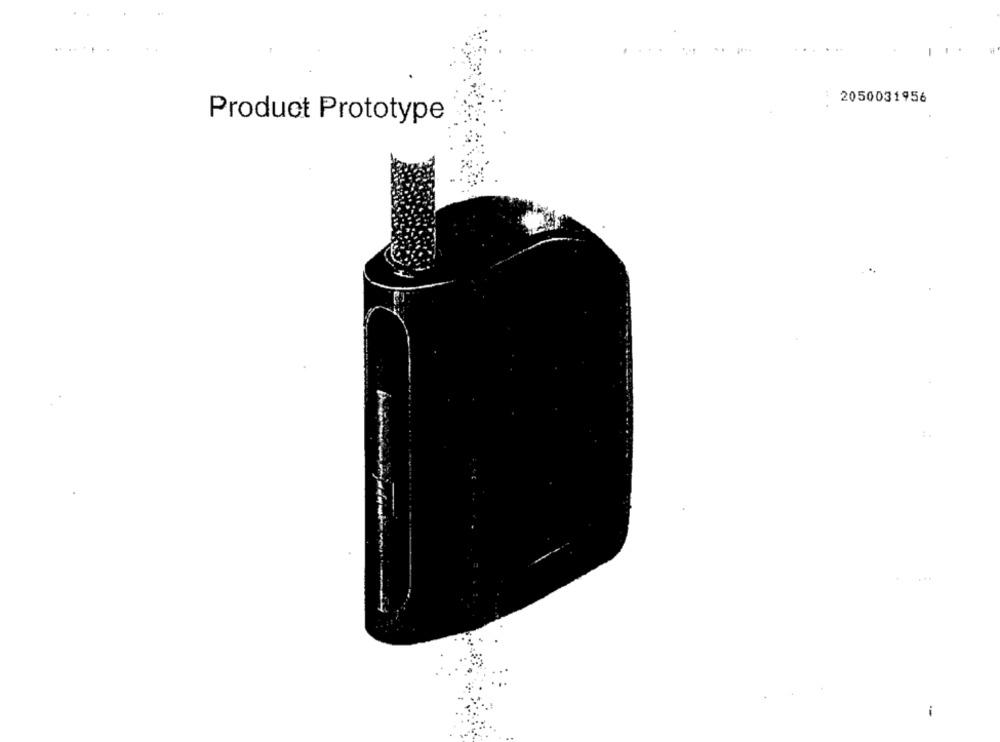
.... .... .
: 2050031956
Product Prototype
i